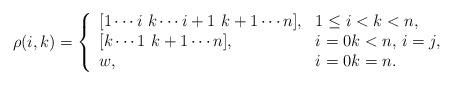
LaTeX: \begin{align*}\rho(i,k)=\left\{\begin{array}{ll}[1\cdots i\,\, k\cdots i+1\,\, k+1 \cdots n], & 1\leq i<k<n,\\{[k\cdots 1\,\, k+1 \cdots n]}, & i=0k< n,\,i=j,\\w, & i=0k=n.\end{array}\right.\end{align*}